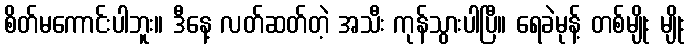
စိတ်မကောင်းပါဘူး။ ဒီနေ့ လတ်ဆတ်တဲ့ အသီး ကုန်သွားပါပြီ။ ရေခဲမုန့် တစ်မျိုး မျိုး